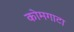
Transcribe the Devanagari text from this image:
कोमगाटा